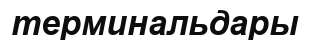
терминальдары